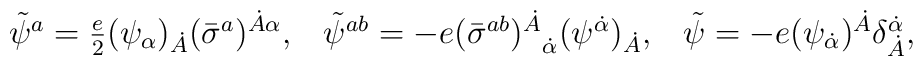
\matrix{\tilde\psi^a={e\over 2}(\psi_\alpha)_{\dot A} (\bar \sigma^a)^{\dot A\alpha},&\tilde\psi^{ab}=-e{(\bar \sigma^{ab})^{\dot A}}_{\dot \alpha}(\psi^{\dot \alpha}) _{\dot A},&\tilde \psi =-e(\psi_{\dot \alpha}) ^{\dot A}\delta_{\dot A}^{\dot \alpha},}